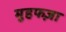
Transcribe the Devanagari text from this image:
मुहफज़ा